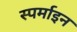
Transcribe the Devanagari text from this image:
स्पर्माइन